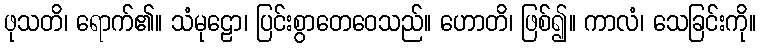
ဖုသတိ၊ ရောက်၏။ သံမုဠော၊ ပြင်းစွာတေဝေသည်။ ဟောတိ၊ ဖြစ်၍။ ကာလံ၊ သေခြင်းကို။